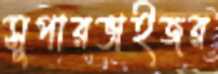
সুপারভাইজর